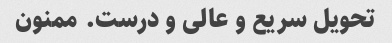
تحویل سریع و عالی و درست. ممنون